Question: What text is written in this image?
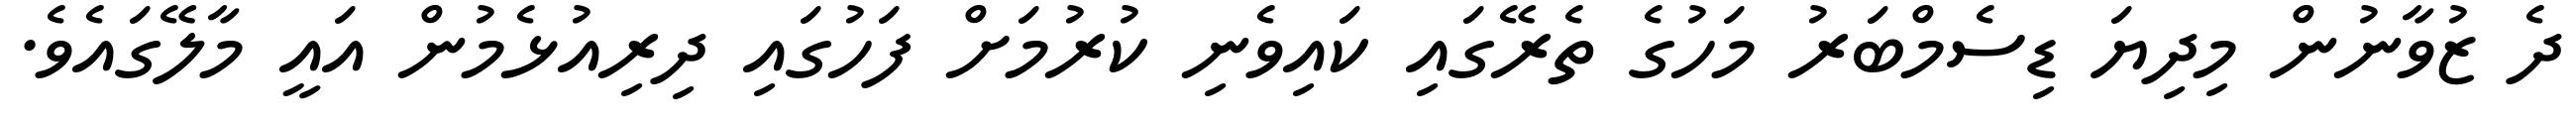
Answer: ދެ ޒުވާނުން މިދިޔަ ޑިސެމްބަރު މަހުގެ ތެރޭގައި ކައިވެނި ކުރުމަށް ފަހުގައި ދިރިއުޅެމުން އައީ މާލޭގައެވެ.